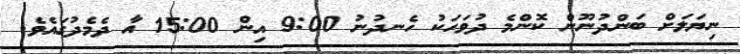
ނިޔަލަށް ބަންދުނޫން ކޮންމެ ދުވަހަކު ހެނދުނު 9:00 އިން 15:00 އާ ދެމެދުގައެވެ.